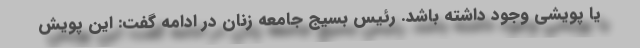
یا پویشی وجود داشته باشد. رئیس بسیج جامعه زنان در ادامه گفت: این پویش